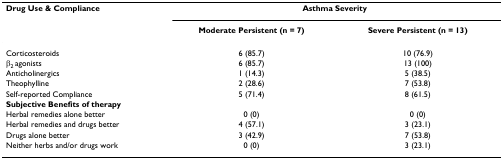
| Drug Use & Compliance | <COLSPAN=2> Asthma Severity |
 |  | Moderate Persistent (n = 7) | Severe Persistent (n = 13) |
 | --- | --- | --- |
 | Corticosteroids | 6 (85.7) | 10 (76.9) |
 | β2 agonists | 6 (85.7) | 13 (100) |
 | Anticholinergics | 1 (14.3) | 5 (38.5) |
 | Theophylline | 2 (28.6) | 7 (53.8) |
 | Self-reported Compliance | 5 (71.4) | 8 (61.5) |
 | Subjective Benefits of therapy |  |  |
 | Herbal remedies alone better | 0 (0) | 0 (0) |
 | Herbal remedies and drugs better | 4 (57.1) | 3 (23.1) |
 | Drugs alone better | 3 (42.9) | 7 (53.8) |
 | Neither herbs and/or drugs work | 0 (0) | 3 (23.1) |